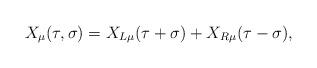
LaTeX: \begin{align*}X_{\mu}(\tau,\sigma) = X_{L\mu}(\tau+\sigma) + X_{R\mu}(\tau-\sigma),\end{align*}